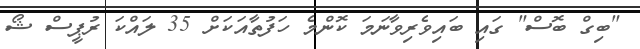
"ބިގް ބޮސް" ގައި ބައިވެރިވާނަމަ ކޮންމެ ހަފުތާއަކަށް 35 ލައްކަ ރުޕީސް ޝޯ